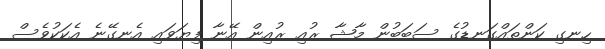
ހިނގި ކަންތައްގަނޑުގެ ސަބަބުން މާޝާ ރުއި ރުއިން އޭނާ ފިޔަވައި އެނގޭނެ އެކަކުވެސް